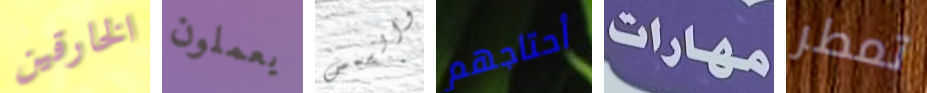
الخارقين يعملون والشمس أحتاجهم مهارات تمطر